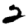
Digit: 2